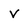
Character: v